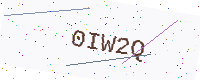
Text: 0IW2Q